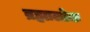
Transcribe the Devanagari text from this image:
ब्रह्मालोक